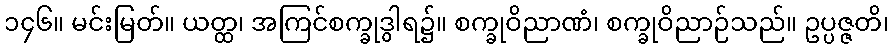
၁၄၆။ မင်းမြတ်။ ယတ္ထ၊ အကြင်စက္ခုဒွါရ၌။ စက္ခုဝိညာဏံ၊ စက္ခုဝိညာဉ်သည်။ ဥပ္ပဇ္ဇတိ၊